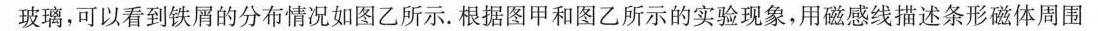
玻璃，可以看到铁屑的分布情况如图乙所示。根据图甲和图乙所示的实验现象，用磁感线描述条形磁体周围